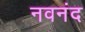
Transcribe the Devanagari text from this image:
नवनंद